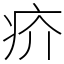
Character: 疥